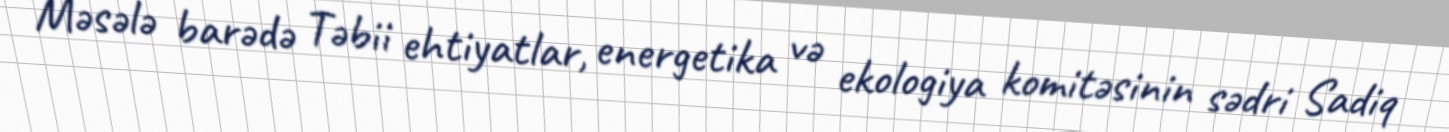
Məsələ barədə Təbii ehtiyatlar, energetika və ekologiya komitəsinin sədri Sadiq